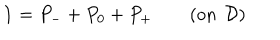
\mathbf { 1 } = P _ { - } + P _ { 0 } + P _ { + } \quad \quad ( \mathrm { o n \, \ } \mathcal { D } )